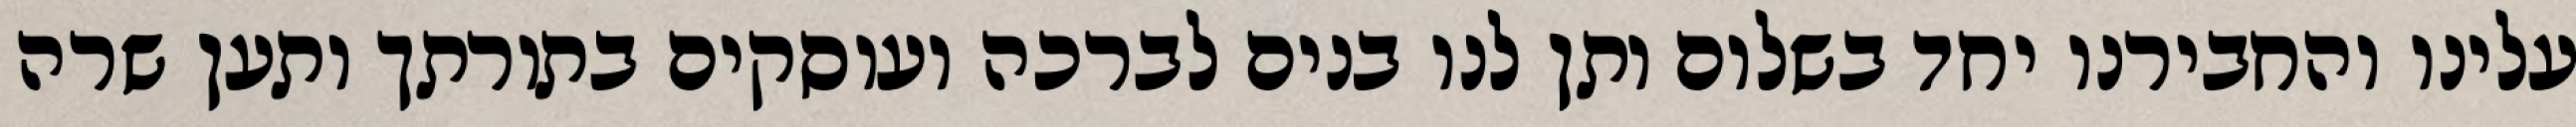
עלינו והחבירנו יחד בשלום ותן לנו בנים לברכה ועוסקים בתורתך ותען שרה